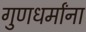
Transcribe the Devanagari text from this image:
गुणधर्मांना